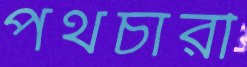
পথচারী